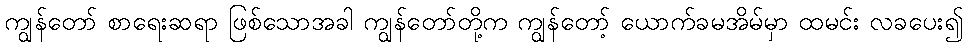
ကျွန်တော် စာရေးဆရာ ဖြစ်သောအခါ ကျွန်တော်တို့က ကျွန်တော့် ယောက်ခမအိမ်မှာ ထမင်း လခပေး၍